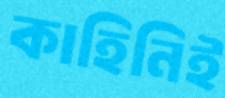
কাহিনিই